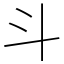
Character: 斗